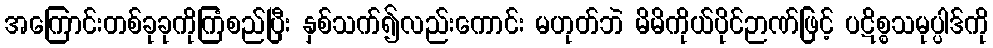
အကြောင်းတစ်ခုခုကိုကြံစည်ပြီး နှစ်သက်၍လည်းကောင်း မဟုတ်ဘဲ မိမိကိုယ်ပိုင်ဉာဏ်ဖြင့် ပဋိစ္စသမုပ္ပါဒ်ကို